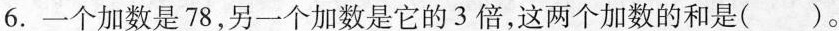
6.一个加数是78，另一个加数是它的3倍，这两个加数的和是( )。